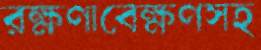
রক্ষণাবেক্ষণসহ